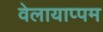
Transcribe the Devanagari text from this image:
वेलायाप्पम